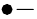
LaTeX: \bullet-